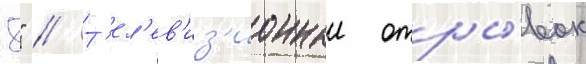
8" // Т'ел'ев'из'ионныи отры́вок